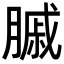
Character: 𦟠